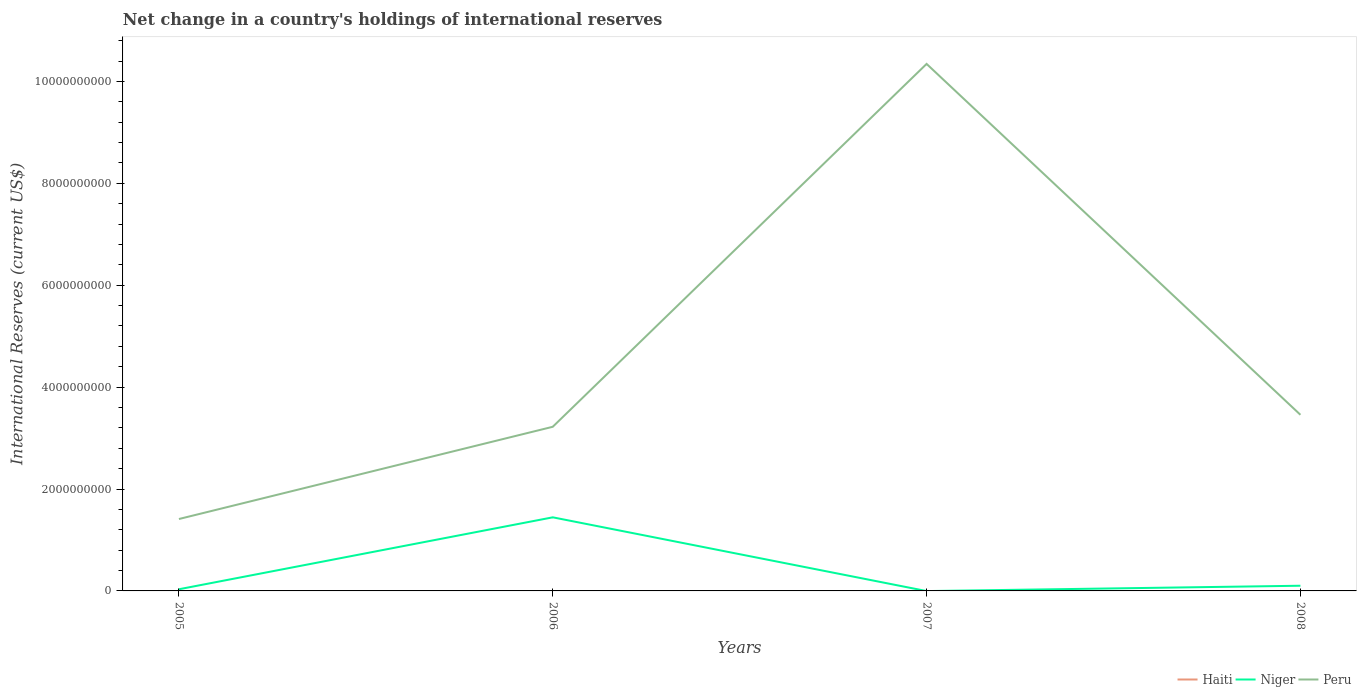
| Years | Haiti | Niger | Peru |
 | --- | --- | --- | --- |
 | 2005 | -3.31e+08 | 3.28e+07 | 1.41e+09 |
 | 2006 | -2.77e+08 | 1.44e+09 | 3.22e+09 |
 | 2007 | -1.91e+08 | -3.02e+06 | 1.03e+10 |
 | 2008 | -3.84e+08 | 1.02e+08 | 3.46e+09 |